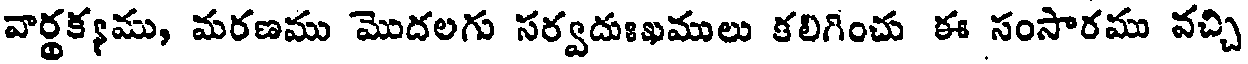
వార్థక్యము, మరణము మొదలగు సర్వదుఃఖములు కలిగించు ఈ సంసారము వచ్చి